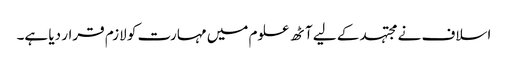
اسلاف نے مجتہد کے لیے آٹھ علوم میں مہارت کو لازم قرار دیا ہے۔